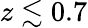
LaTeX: z\lesssim 0.7